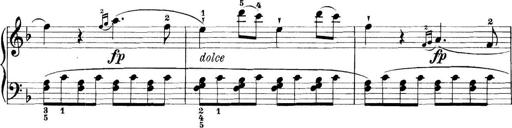
Title: 11 Sonatinas
Composer: Anton Diabelli